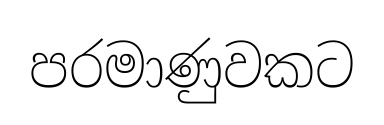
පරමාණුවකට